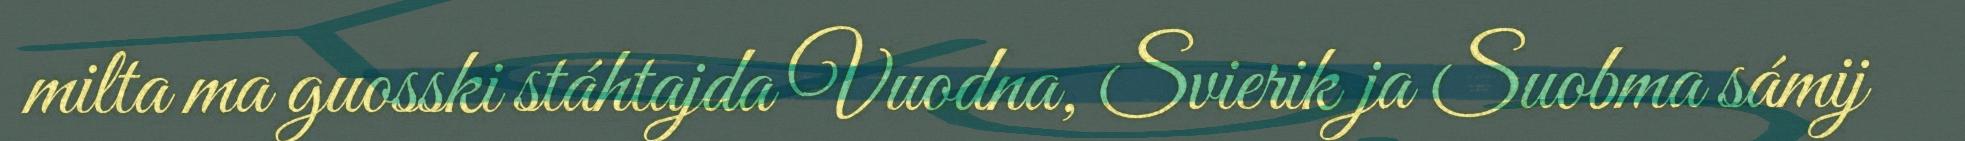
milta ma guosski stáhtajda Vuodna, Svierik ja Suobma sámij